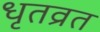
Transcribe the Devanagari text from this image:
धृतव्रत